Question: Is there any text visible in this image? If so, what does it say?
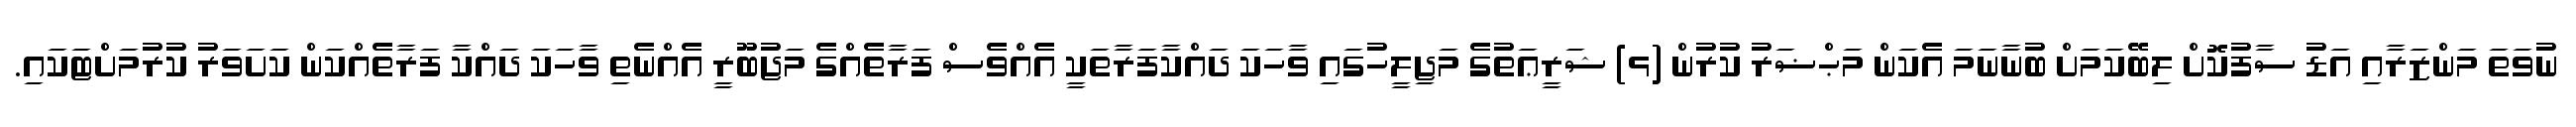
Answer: ނުވަތަ މަންޒަރާއި އަޑު ސާފުކޮށް ލިބޭކަމަށް ބުނާނަމަ އެކަން މަޙްޟަރު ކުރުން (ޅ) ޝަރީޢަތުގެ މަޖިލީހުގައި ވާހަކަ ދައްކާފަރާތަކީ އެއްވެސް ފަރާތެއްގެ މަޖުބޫރީ އެއްނެތި ވާހަކަ ދައްކާ ފަރާތެއްކަން ކަށަވަރު ކުރުމަށްޓަކައި.